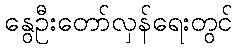
နွေဦးတော်လှန်ရေးတွင်